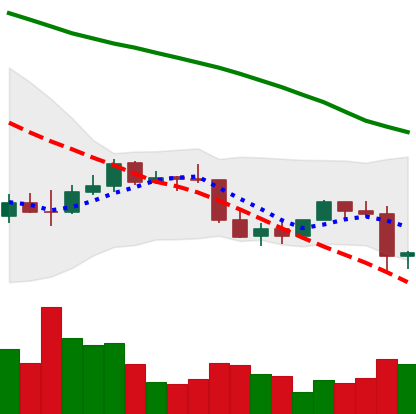
Ticker: EOS-USD
Chart end date: 2022-01-06
Forward return: -5.347%
Label: down_5_7